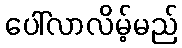
ပေါ်လာလိမ့်မည်